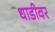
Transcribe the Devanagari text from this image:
धाडीवर